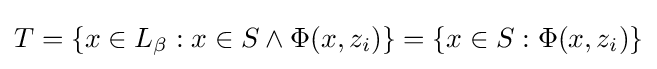
T=\{x\in L_{\beta }:x\in S\wedge \Phi (x,z_{i})\}=\{x\in S:\Phi (x,z_{i})\}